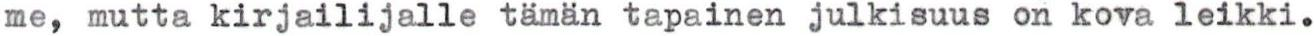
me, mutta kirjailijalle tämän tapainen julkisuus on kova leikki.